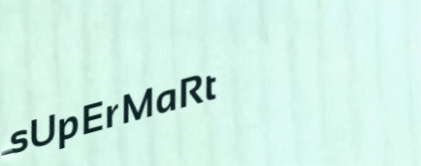
sUpErMaRt